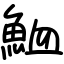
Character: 𩶫